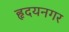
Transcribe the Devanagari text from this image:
हृदयनगर